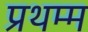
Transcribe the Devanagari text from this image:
प्रथम्म